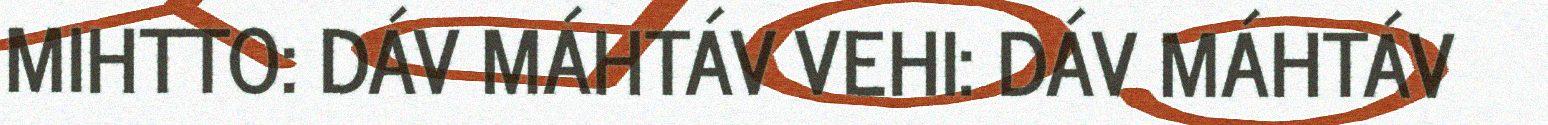
MIHTTO: DÁV MÁHTÁV VEHI: DÁV MÁHTÁV